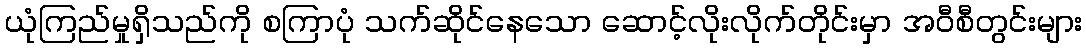
ယုံကြည်မှုရှိသည်ကို စကြာပုံ သက်ဆိုင်နေသော ဆောင့်လိုးလိုက်တိုင်းမှာ အဝီစီတွင်းများ